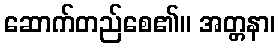
ဆောက်တည်စေ၏။ အတ္တနာ၊